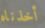
أخذناه